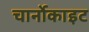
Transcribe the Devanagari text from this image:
चार्नोकाइट